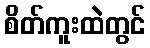
စိတ်ကူးထဲတွင်